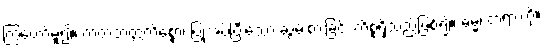
ကြွတော်မူ၍။ ကတဘတ္တကိစ္စော၊ ပြုအပ်ပြီးသော ဆွမ်းစားခြင်း ကိစ္စရှိသည်ဖြစ်၍။ ဓမ္မံ၊ တရားကို။